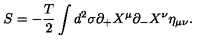
S = - \frac { T } { 2 } \int d ^ { 2 } \sigma \partial _ { + } X ^ { \mu } \partial _ { - } X ^ { \nu } \eta _ { \mu \nu } .